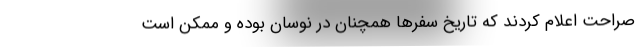
صراحت اعلام کردند که تاریخ سفرها همچنان در نوسان بوده و ممکن است